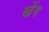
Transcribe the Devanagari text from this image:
खेंग